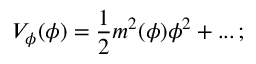
V _ { \phi } ( \phi ) = { \frac { 1 } { 2 } } m ^ { 2 } ( \phi ) \phi ^ { 2 } + . . . \, ;